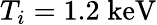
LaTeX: T_{i}=1.2\; \mathrm{keV}